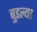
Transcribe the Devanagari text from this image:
बुडल्या